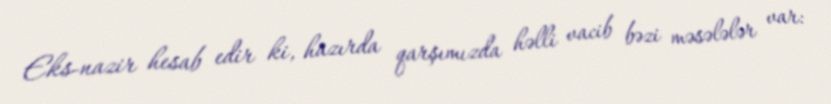
Eks-nazir hesab edir ki, hazırda qarşımızda həlli vacib bəzi məsələlər var: